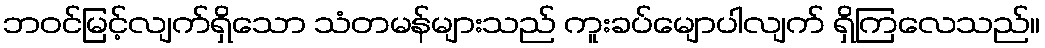
ဘဝင်မြင့်လျက်ရှိသော သံတမန်များသည် ကူးခပ်မျောပါလျက် ရှိကြလေသည်။